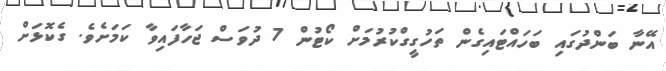
އޭނާ ބަންދުގައި ބަހައްޓައިގެން ތަހުގީގްކުރުމަށް ކޯޓުން 7 ދުވަސް ޖަހާފައިވާ ކަމަށެވެ. ގެކޮޅަށް